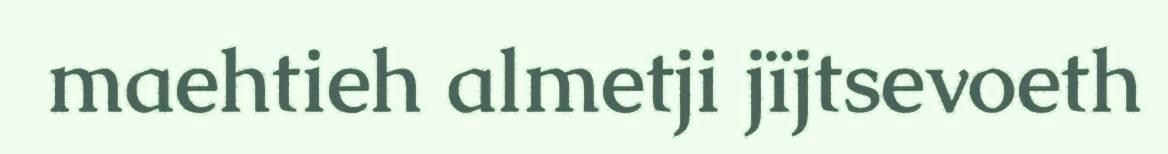
maehtieh almetji jïjtsevoeth